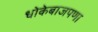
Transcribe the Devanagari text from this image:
धोकेबाजपणा